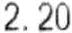
2.20